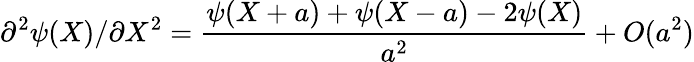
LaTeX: \partial^{2}\psi(X)/\partial X^{2}=\frac{\psi(X+a)+\psi(X-a)-2\psi(X)}{a^{2}}+O(a^{2})